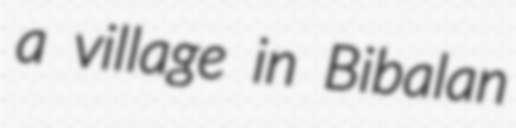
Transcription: a village in Bibalan